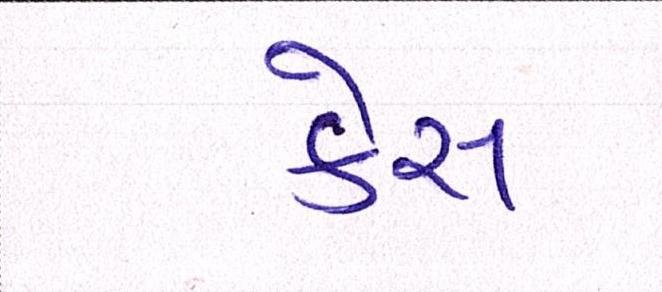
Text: કેસ